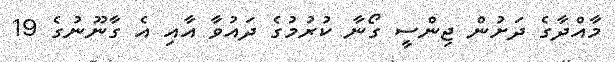
މާއްދާގެ ދަށުން ޖިންސީ ގޯނާ ކުރުމުގެ ދައުވާ އާއި އެ ގާނޫނުގެ 19